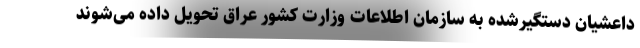
داعشیان دستگیرشده به سازمان اطلاعات وزارت کشور عراق تحویل داده می‌شوند